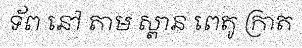
ទ័ព នៅ តាម ស្ពាន ពេតូ ក្រាត